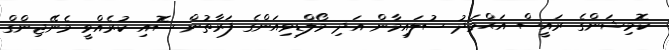
ކޮމިޝަންގެ ރައީސް އަޙްމަދު ސުލައިމާން އަދި މޯލްޑިވިއަންގެ ފަރާތުން ސޮއި ކުރެއްވީ މެނޭޖިންގް